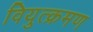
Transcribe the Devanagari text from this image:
वियुत्क्रमण